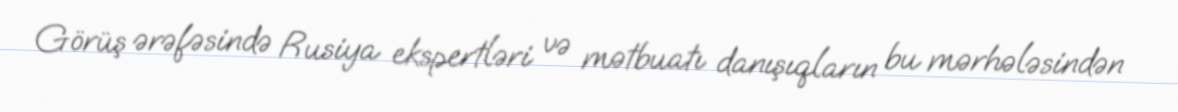
Görüş ərəfəsində Rusiya ekspertləri və mətbuatı danışıqların bu mərhələsindən